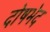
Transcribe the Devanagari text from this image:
दोषभेद